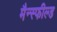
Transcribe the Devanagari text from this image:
मैन्स्फील्ड